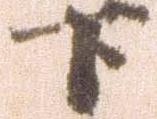
下